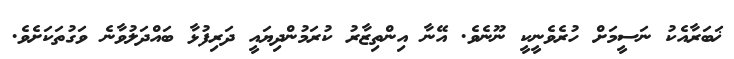
ޚަބަރާއެކު ނަސީމަށް ހުރެވެނީކީ ނޫނެވެ. އޭނާ އިންތިޒާރު ކުރަމުންދިޔައީ ދަރިފުޅާ ބައްދަލުވާނެ ވަގުތަކަށެވެ.